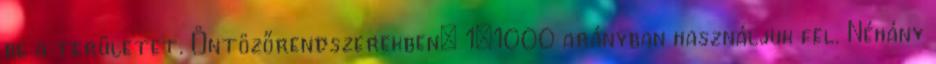
be a területet. Öntözőrendszerekben: 1:1000 arányban használjuk fel. Néhány